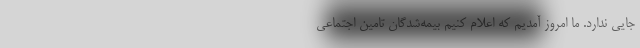
جایی ندارد. ما امروز آمدیم که اعلام کنیم بیمه‌شدگان تامین اجتماعی